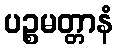
ပဉ္စမတ္တာနံ